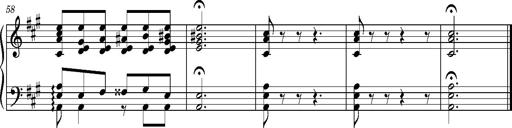
Title: PriÃ¨re d'un enfant Ã  son rÃ©veil
Composer: Franz Liszt
Key: A major